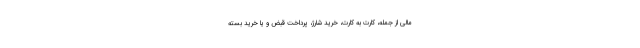
مالی از جمله، کارت به کارت، خرید شارژ، پرداخت قبض و یا خرید بسته